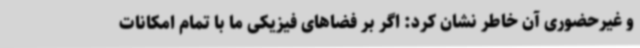
و غیرحضوری آن خاطر نشان کرد: اگر بر فضاهای فیزیکی ما با تمام امکانات